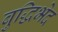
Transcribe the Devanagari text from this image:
बुद्धिभेद